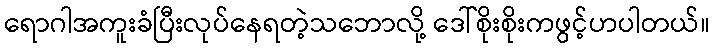
ရောဂါအကူးခံပြီးလုပ်နေရတဲ့သဘောလို့ ဒေါ်စိုးစိုးကဖွင့်ဟပါတယ်။